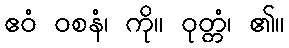
ဧဝံ ဝစနံ၊ ကို။ ဝုတ္တံ၊ ၏။